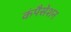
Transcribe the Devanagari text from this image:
कंपैसेशन